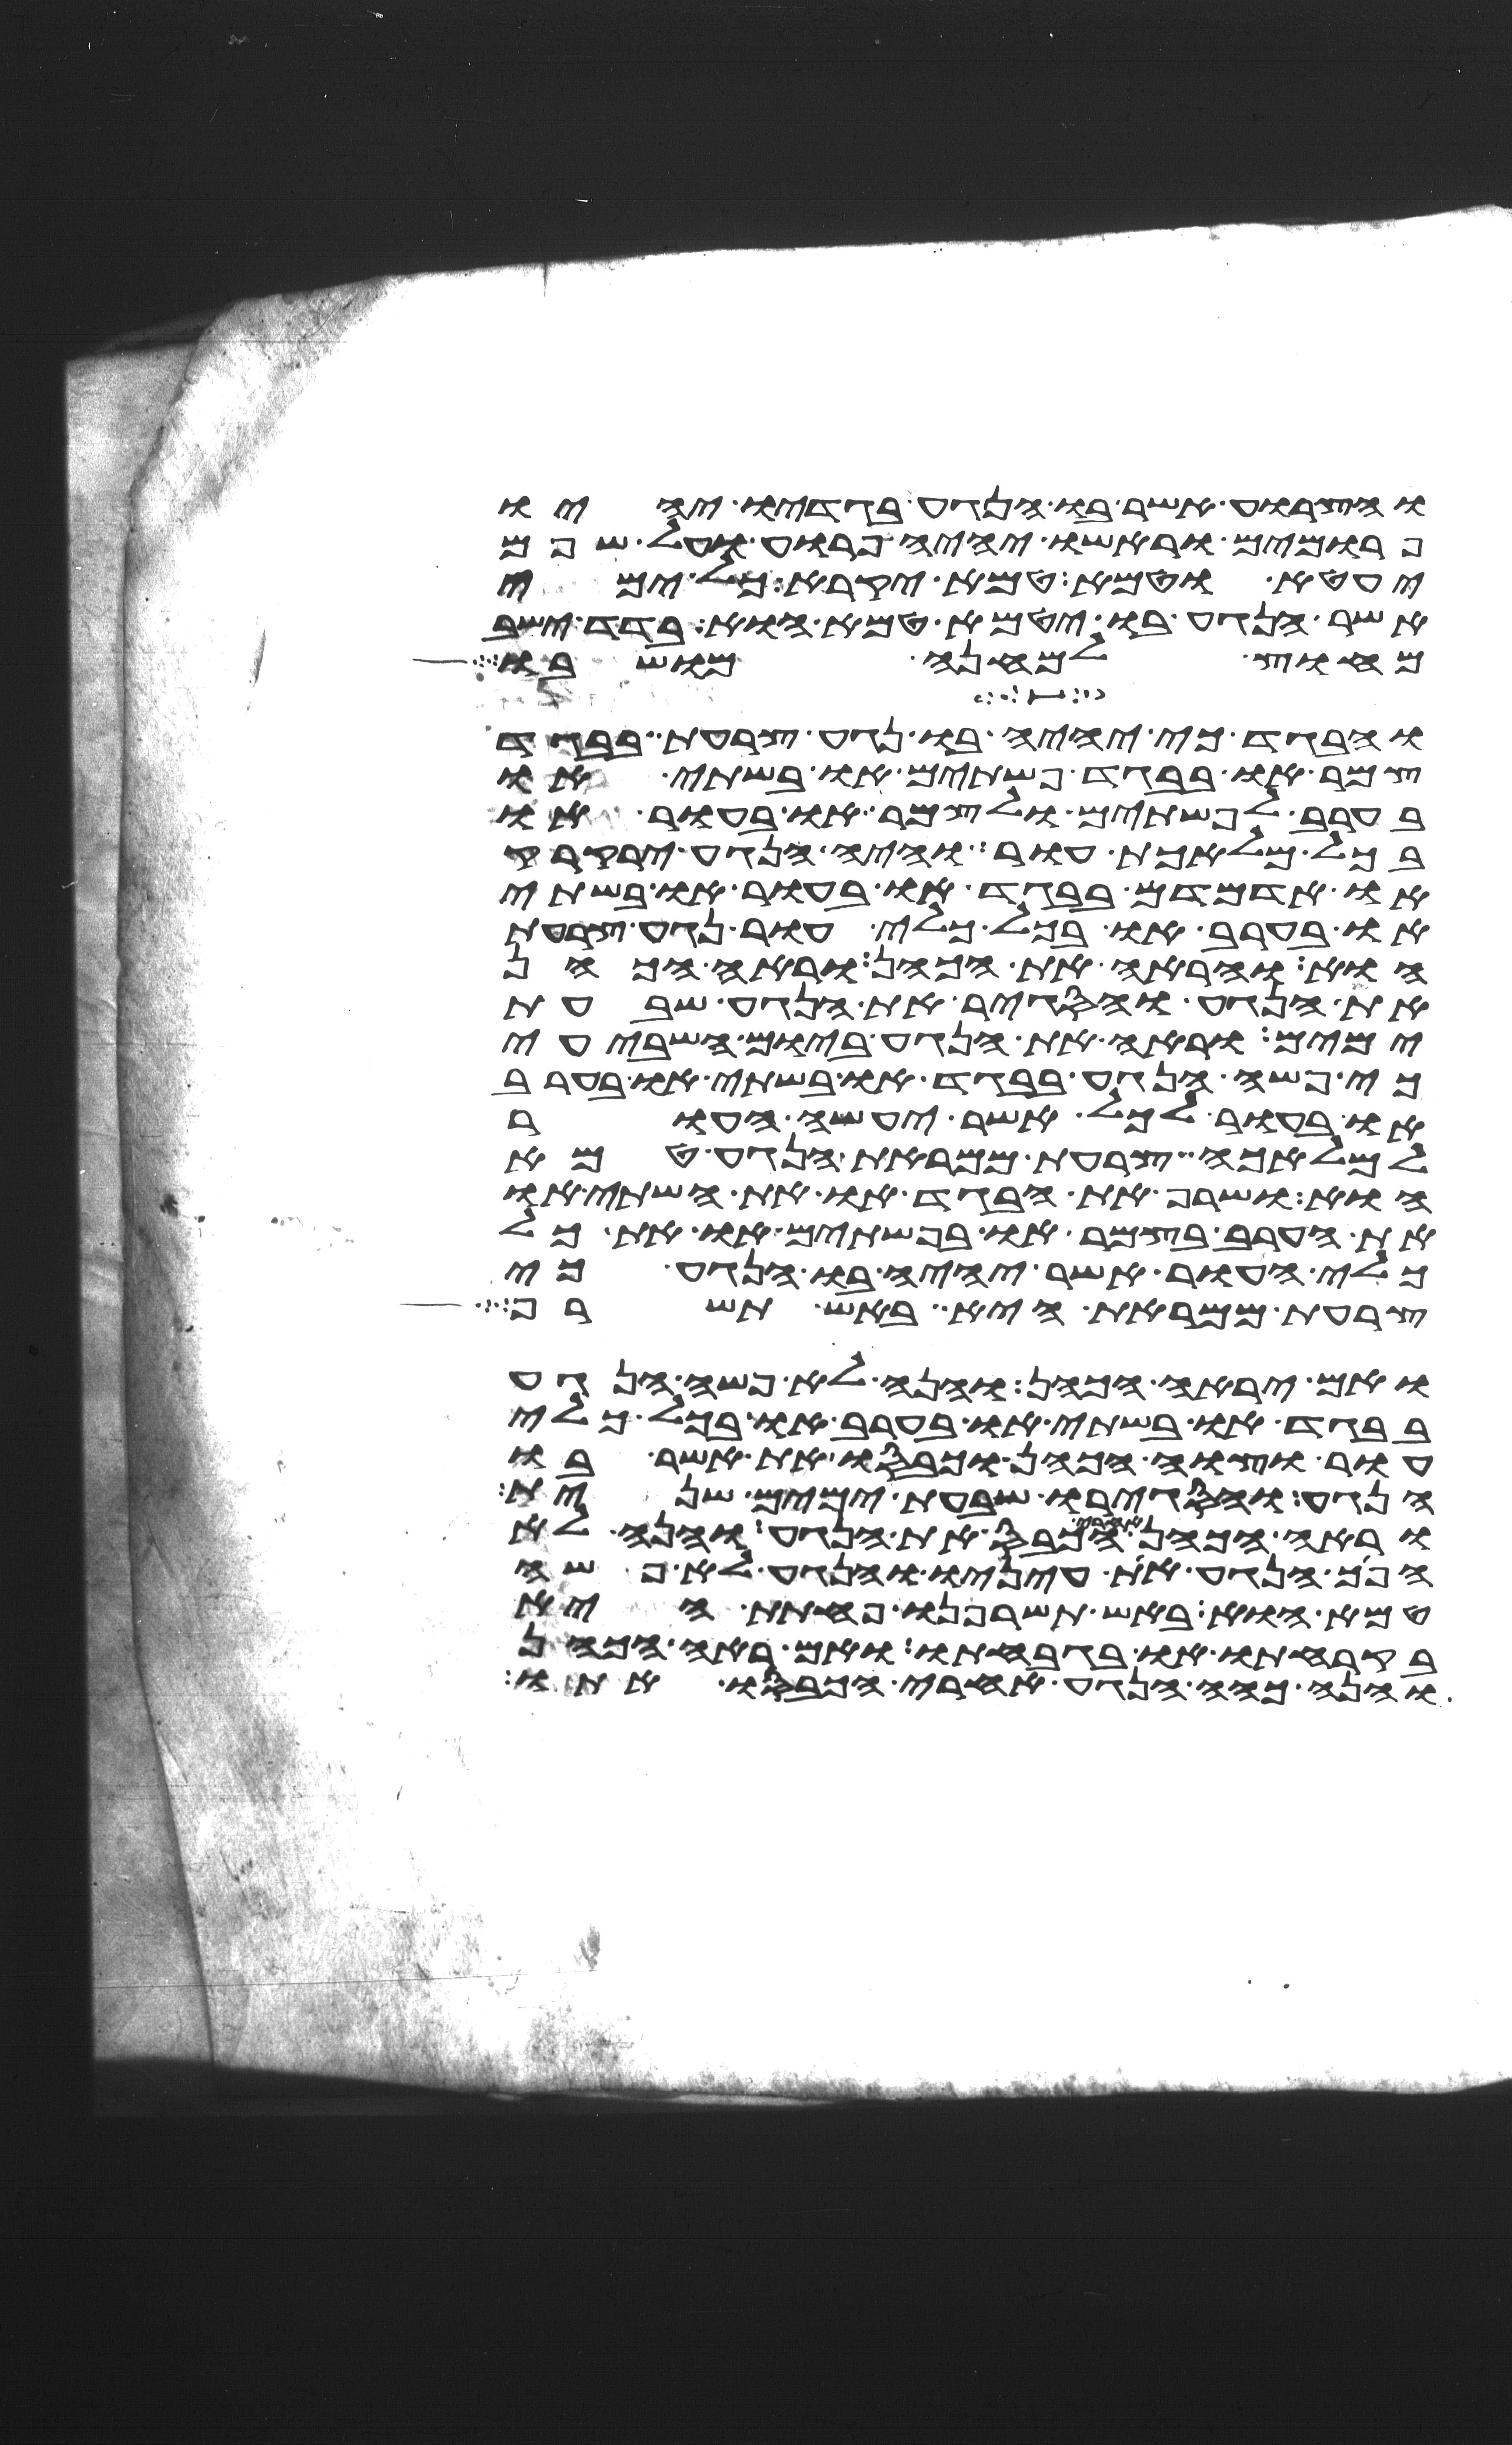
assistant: והצרוע אשר בו הנגע בגדיו יהיו
פרומים וראשו יהיה פרוע ועל שפם
יעטא וטמא טמא יקרא כל ימי
אשר הנגע בו יטמא טמא הוא בדד ישב
מחוץ למחנה מושבו
והבגד כי יהיה בו נגע צרעת בבגד
צמר או בבגד פשתים או בשתי או
בערב לפשתים ולצמר או בעור או
בכל מלאכת עור והיה הנגע ירקרק
או אדמדם בבגד או בעור או בשתי
או בערב או בכל כלי עור נגע צרעת
הוא והראה את הכהן וראה הכהן
את הנגע והסגיר את הנגע שבעת
ימים וראה את הנגע ביום השביעי
כי פשה הנגע בבגד או בשתי או בערב
או בעור לכל אשר יעשה העור
למלאכה צרעת ממראת הנגע טמא
הוא ושרף את הבגד או את השתי או
את הערב בצמר או בפשתים או את כל
כלי העור אשר יהיה בו הנגע כי
צרעת ממראת היא באש תשרף
ואם יראה הכהן והנה לא פשה הנגע
בבגד או בשתי או בערב או בכל כלי
עור וצוה הכהן וכבסו את אשר בו
הנגע והסגירו שבעת ימים שנית
וראה הכהן אחרי הכבס את הנגע והנה לא
הפך הנגע את עיניו והנגע לא פשה
טמא הוא באש תשרפנו פחתת היא
בקרחתו או בגבחתו ואם ראה הכהן
והנה כהה הנגע אחרי הכבסו אתו